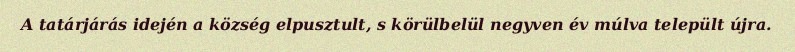
A tatárjárás idején a község elpusztult, s körülbelül negyven év múlva települt újra.